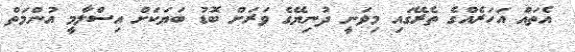
އެތައް އަހަރެއްގެ ތެރޭގައި މިވަނީ ދުނިޔޭގެ ވަރަށް ބޮޑު ބަޔަކަށް އިސްލާމީ އުންމަތް